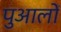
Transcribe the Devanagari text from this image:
पुआलों